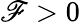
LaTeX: \mathscr{F}>0